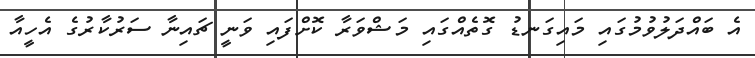
އެ ބައްދަލުވުމުގައި މައިގަނޑު ގޮތެއްގައި މަޝްވަރާ ކޮށްފައި ވަނީ ޗައިނާ ސަރުކާރުގެ އެހީއާ